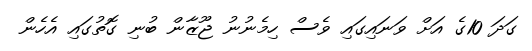
ގަދަ 10ގެ އަށް ވަނައިގައި ވެސް ހިމެނުނު ޖޫޒާން ބުނި ގޮތުގައި އެހެން